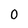
Character: 0